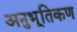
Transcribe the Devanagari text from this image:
अनुभूतिकण